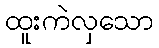
ထူးကဲလှသော